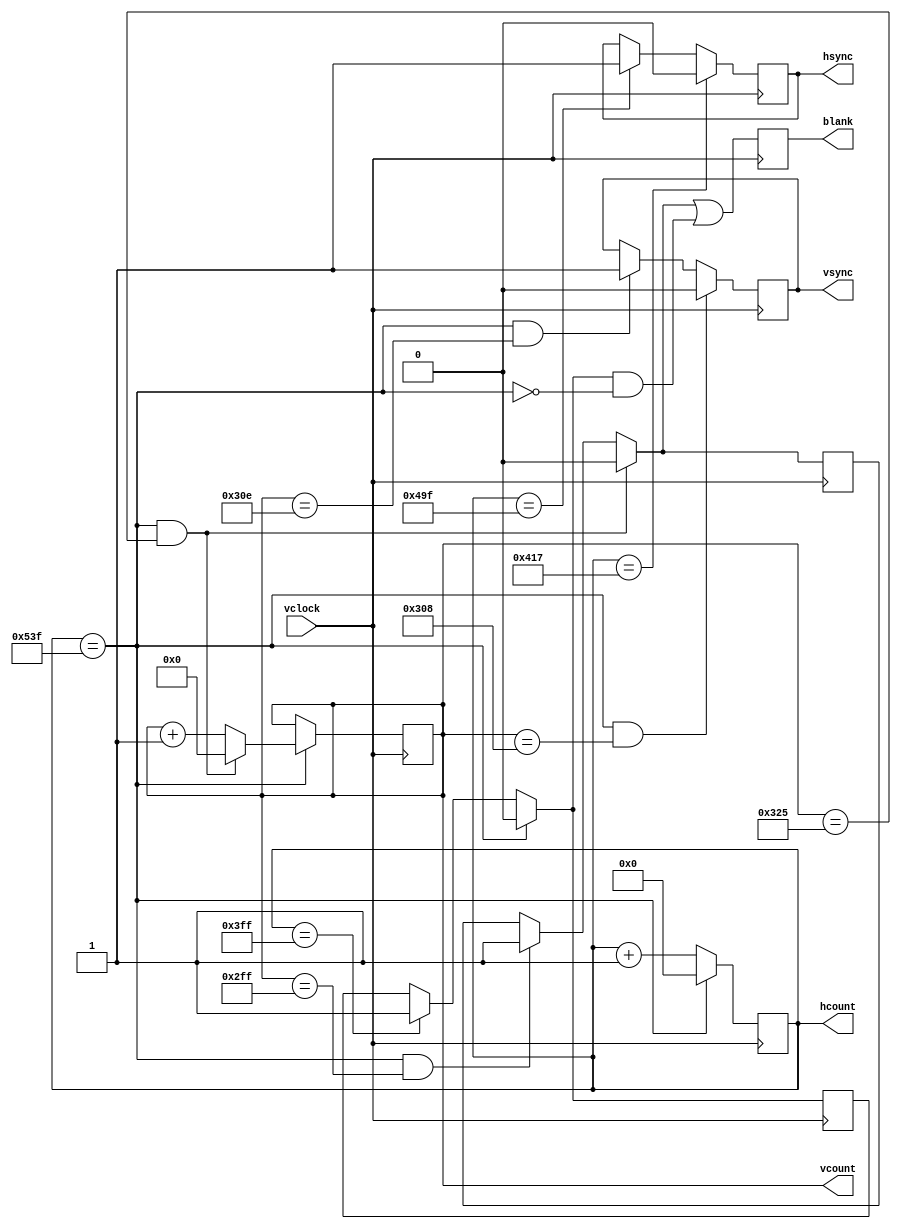
/* *********************** *
 * Parametric Equalizer    *
 * J. Colosimo             *
 * 6.111 - Fall '10        *
 * xvga.v                  *
 * xvga controller         *
 * *********************** */

/* from lab 5 */

////////////////////////////////////////////////////////////////////////////////
//
// xvga: Generate XVGA display signals (1024 x 768 @ 60Hz)
//
////////////////////////////////////////////////////////////////////////////////

module xvga(input vclock,
            output reg [10:0] hcount,    // pixel number on current line
            output reg [9:0] vcount,	 // line number
            output reg vsync,hsync,blank);

   // horizontal: 1344 pixels total
   // display 1024 pixels per line
   reg hblank,vblank;
   wire hsyncon,hsyncoff,hreset,hblankon;
   assign hblankon = (hcount == 1023);    
   assign hsyncon = (hcount == 1047);
   assign hsyncoff = (hcount == 1183);
   assign hreset = (hcount == 1343);

   // vertical: 806 lines total
   // display 768 lines
   wire vsyncon,vsyncoff,vreset,vblankon;
   assign vblankon = hreset & (vcount == 767);    
   assign vsyncon = hreset & (vcount == 776);
   assign vsyncoff = hreset & (vcount == 782);
   assign vreset = hreset & (vcount == 805);

   // sync and blanking
   wire next_hblank,next_vblank;
   assign next_hblank = hreset ? 0 : hblankon ? 1 : hblank;
   assign next_vblank = vreset ? 0 : vblankon ? 1 : vblank;
   always @(posedge vclock) begin
      hcount <= hreset ? 0 : hcount + 1;
      hblank <= next_hblank;
      hsync <= hsyncon ? 0 : hsyncoff ? 1 : hsync;  // active low

      vcount <= hreset ? (vreset ? 0 : vcount + 1) : vcount;
      vblank <= next_vblank;
      vsync <= vsyncon ? 0 : vsyncoff ? 1 : vsync;  // active low

      blank <= next_vblank | (next_hblank & ~hreset);
   end
endmodule